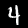
Digit: 4